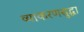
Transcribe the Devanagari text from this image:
व्याकरणसुद्धा